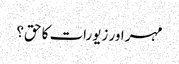
مہر اور زیورات کا حق؟